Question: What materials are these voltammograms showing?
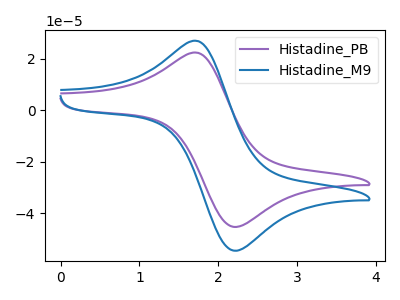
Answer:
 <answer>The purple curve is labeled "Histadine_PB". The blue curve is labeled "Histadine_M9".</answer>
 <eval></eval>